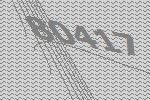
80417